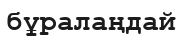
бұралаңдай